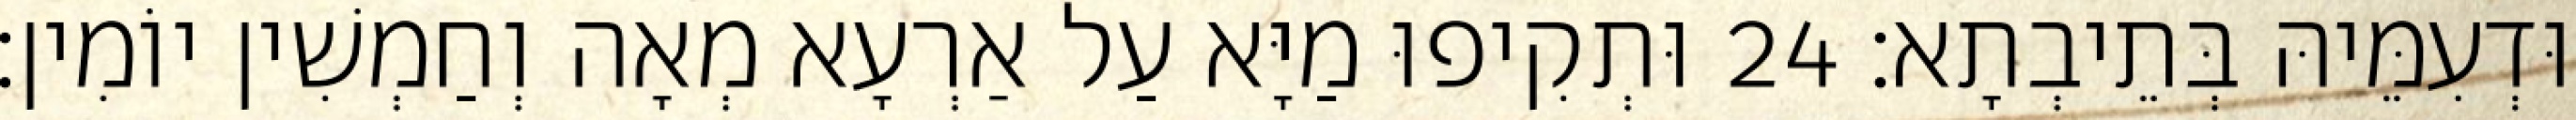
וּדְעִמֵּיהּ בְּתֵיבְתָא׃ 24 וּתְקִיפוּ מַיָּא עַל אַרְעָא מְאָה וְחַמְשִׁין יוֹמִין׃